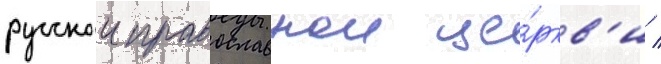
русскои православнои це́ркв'и /